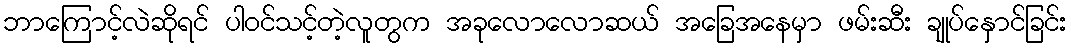
ဘာကြောင့်လဲဆိုရင် ပါဝင်သင့်တဲ့လူတွက အခုလောလောဆယ် အခြေအနေမှာ ဖမ်းဆီး ချုပ်နှောင်ခြင်း